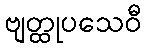
ဗျတ္ထုပသေဝီ